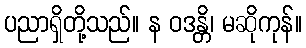
ပညာရှိတို့သည်။ န ဝဒန္တိ၊ မဆိုကုန်။